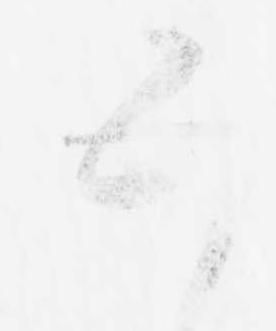
五